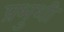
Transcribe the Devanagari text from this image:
प्रभुशी